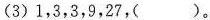
(3)1，3，3，9，27，( )。